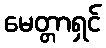
မေတ္တာရှင်